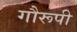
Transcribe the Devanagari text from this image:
गौरूपी